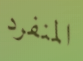
المنفرد